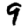
Digit: 9